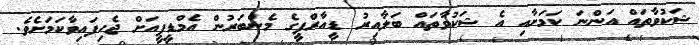
ޝަކުވާތައް އަންނަ ކަމަށާއި އެ ޝަކުވާތައް ބަލާއިރު ޑީއާރްޕީގެ މެންބަރުން އެމްޑީޕީއަށް ޖެހިފައިވާކަމަށެވެ.